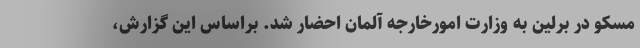
مسکو در برلین به وزارت امورخارجه آلمان احضار شد. براساس این گزارش،